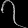
Digit: ၇